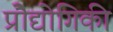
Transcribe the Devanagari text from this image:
प्रोैद्योगिकी